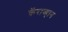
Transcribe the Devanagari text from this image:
कॅराव्हान